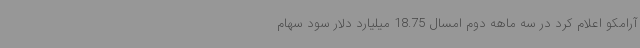
آرامکو اعلام کرد در سه ماهه دوم امسال 18.75 میلیارد دلار سود سهام